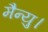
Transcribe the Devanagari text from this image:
मैन्यु।